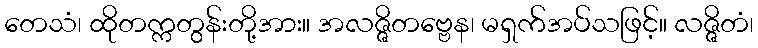
တေသံ၊ ထိုတက္ကတွန်းတို့အား။ အလဇ္ဇိတဗ္ဗေန၊ မရှက်အပ်သဖြင့်။ လဇ္ဇိတံ၊